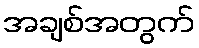
အချစ်အတွက်